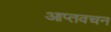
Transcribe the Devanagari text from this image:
आप्तवचन